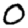
Digit: 0